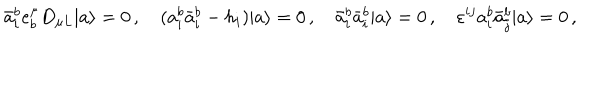
LaTeX: \bar { a } _ { i } ^ { b } e _ { b } ^ { \mu } D _ { \mu L } | a \rangle = 0 \, , \quad ( a _ { i } ^ { b } \bar { a } _ { i } ^ { b } - h _ { i } ) | a \rangle = 0 \, , \quad \bar { a } _ { i } ^ { b } \bar { a } _ { i } ^ { b } | a \rangle = 0 \, , \quad \varepsilon ^ { i j } a _ { i } ^ { b } \bar { a } _ { j } ^ { b } | a \rangle = 0 \, ,